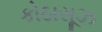
કોઠાસૂઝ